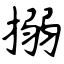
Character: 搦